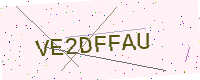
Text: VE2DFFAU